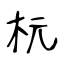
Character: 杬